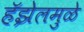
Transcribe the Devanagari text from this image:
हॅझेलमुळे